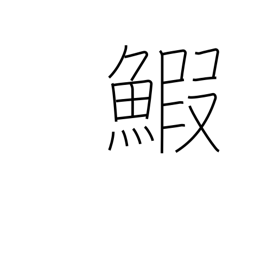
Meaning: lobster